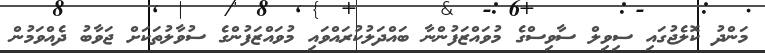
މަންދު ކޮލެޖުގައި ސިވިލް ސާވިސްގެ މުވައްޒަފުންނާ ބައްދަލުކުރައްވައި މުވައްޒަފުންގެ ސުވާލުތަކަށް ޖަވާބު ދެއްވަމުން